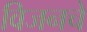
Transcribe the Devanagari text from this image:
विजनचे